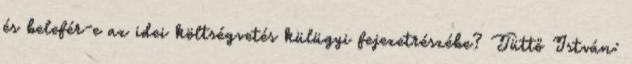
és belefér-e az idei költségvetés külügyi fejezetrészébe? Tüttő István: